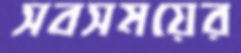
সবসময়ের